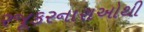
રજૂકરનારાઓથી